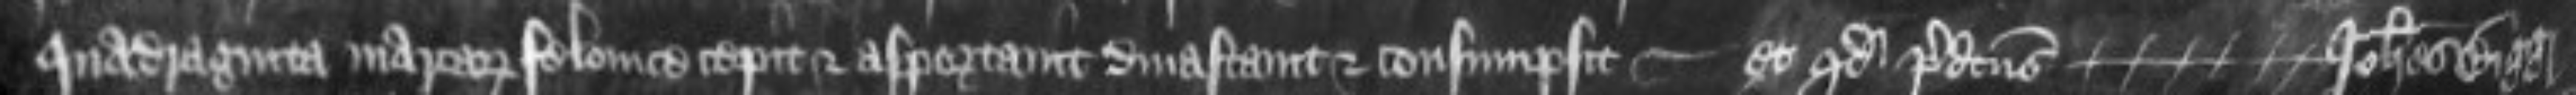
quadraginta marcarum felonice cepit et asportavit divastavit et consumpsit -- et quod predictus --Johannes Bigg